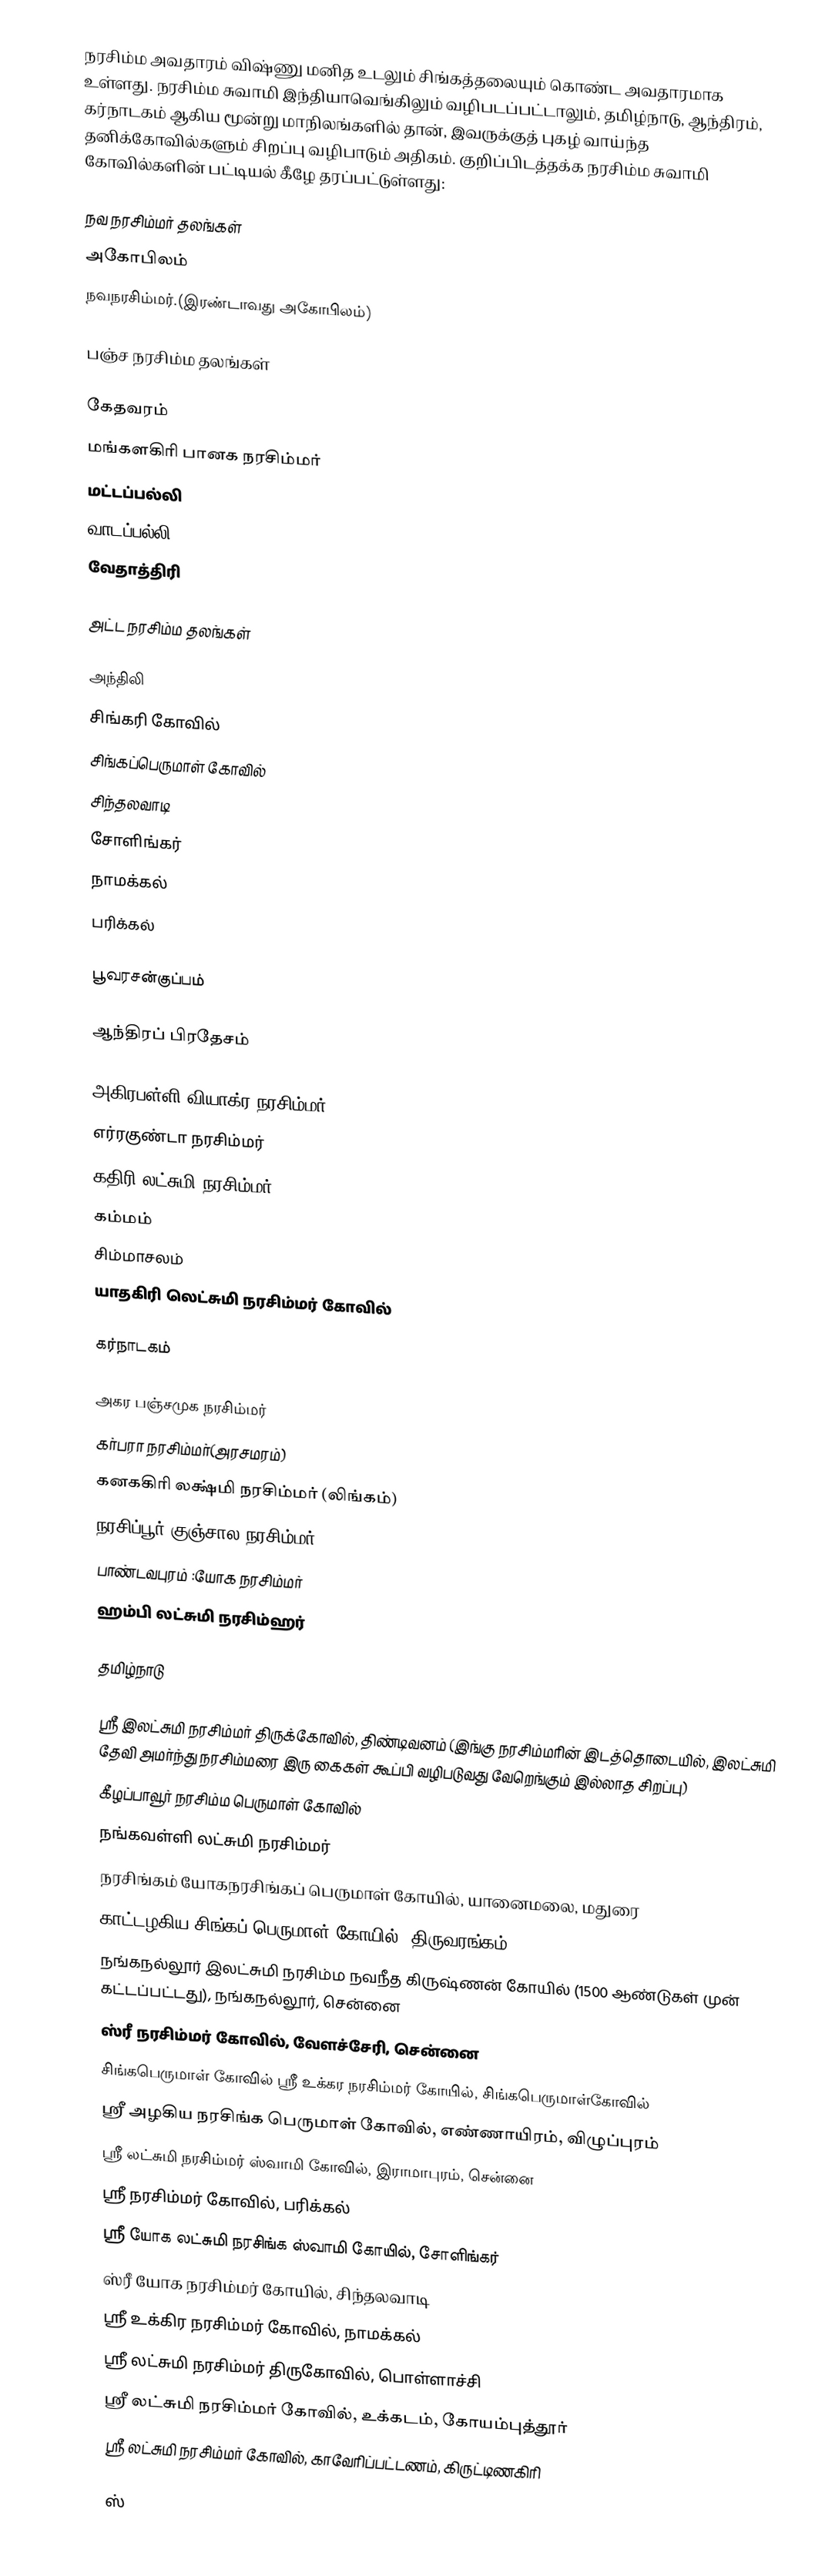
நரசிம்ம அவதாரம் விஷ்ணு மனித உடலும் சிங்கத்தலையும் கொண்ட அவதாரமாக  உள்ளது. நரசிம்ம சுவாமி இந்தியாவெங்கிலும் வழிபடப்பட்டாலும், தமிழ்நாடு, ஆந்திரம், கர்நாடகம் ஆகிய மூன்று மாநிலங்களில் தான், இவருக்குத் புகழ் வாய்ந்த தனிக்கோவில்களும் சிறப்பு வழிபாடும் அதிகம். குறிப்பிடத்தக்க நரசிம்ம சுவாமி கோவில்களின் பட்டியல் கீழே தரப்பட்டுள்ளது:

நவ நரசிம்மர் தலங்கள்
 அகோபிலம்
 நவநரசிம்மர்.(இரண்டாவது அகோபிலம்)

பஞ்ச நரசிம்ம தலங்கள்

 கேதவரம்
 மங்களகிரி பானக நரசிம்மர்
 மட்டப்பல்லி
 வாடப்பல்லி
 வேதாத்திரி

அட்ட நரசிம்ம தலங்கள்

 அந்திலி
 சிங்கரி கோவில்
 சிங்கப்பெருமாள் கோவில்
 சிந்தலவாடி
 சோளிங்கர்
 நாமக்கல்
 பரிக்கல்

 பூவரசன்குப்பம்

ஆந்திரப் பிரதேசம்

 அகிரபள்ளி வியாக்ர நரசிம்மர்
 எர்ரகுண்டா நரசிம்மர்
 கதிரி லட்சுமி நரசிம்மர்
 கம்மம்
 சிம்மாசலம்
 யாதகிரி லெட்சுமி நரசிம்மர் கோவில்

கர்நாடகம்

 அகர பஞ்சமுக நரசிம்மர்
 கர்பரா நரசிம்மர்(அரசமரம்)
 கனககிரி லக்ஷ்மி நரசிம்மர் (லிங்கம்)
 நரசிப்பூர் குஞ்சால நரசிம்மர்
 பாண்டவபுரம் :யோக நரசிம்மர்
 ஹம்பி லட்சுமி நரசிம்ஹர்

தமிழ்நாடு

 ஸ்ரீ இலட்சுமி நரசிம்மர் திருக்கோவில், திண்டிவனம் (இங்கு நரசிம்மரின் இடத்தொடையில், இலட்சுமி தேவி அமர்ந்து நரசிம்மரை இரு கைகள் கூப்பி வழிபடுவது வேறெங்கும் இல்லாத சிறப்பு)
 கீழப்பாவூர் நரசிம்ம பெருமாள் கோவில்
 நங்கவள்ளி லட்சுமி நரசிம்மர்
 நரசிங்கம் யோகநரசிங்கப் பெருமாள் கோயில், யானைமலை, மதுரை
 காட்டழகிய சிங்கப் பெருமாள் கோயில், திருவரங்கம்
 நங்கநல்லூர் இலட்சுமி நரசிம்ம நவநீத கிருஷ்ணன் கோயில் (1500 ஆண்டுகள் முன் கட்டப்பட்டது), நங்கநல்லூர், சென்னை
 ஸ்ரீ நரசிம்மர் கோவில், வேளச்சேரி, சென்னை
 சிங்கபெருமாள் கோவில் ஸ்ரீ உக்கர நரசிம்மர் கோயில், சிங்கபெருமாள்கோவில்
 ஸ்ரீ அழகிய நரசிங்க பெருமாள் கோவில், எண்ணாயிரம், விழுப்புரம்
 ஸ்ரீ லட்சுமி நரசிம்மர் ஸ்வாமி கோவில், இராமாபுரம், சென்னை
 ஸ்ரீ நரசிம்மர் கோவில், பரிக்கல்
 ஸ்ரீ யோக லட்சுமி நரசிங்க ஸ்வாமி கோயில், சோளிங்கர்
 ஸ்ரீ யோக நரசிம்மர் கோயில், சிந்தலவாடி
 ஸ்ரீ உக்கிர நரசிம்மர் கோவில், நாமக்கல்
 ஸ்ரீ லட்சுமி நரசிம்மர் திருகோவில், பொள்ளாச்சி
 ஸ்ரீ லட்சுமி நரசிம்மர் கோவில், உக்கடம், கோயம்புத்தூர்
 ஸ்ரீ லட்சுமி நரசிம்மர் கோவில், காவேரிப்பட்டணம், கிருட்டிணகிரி

 ஸ்